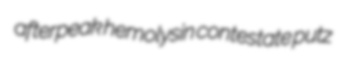
afterpeak hemolysin contestate putz